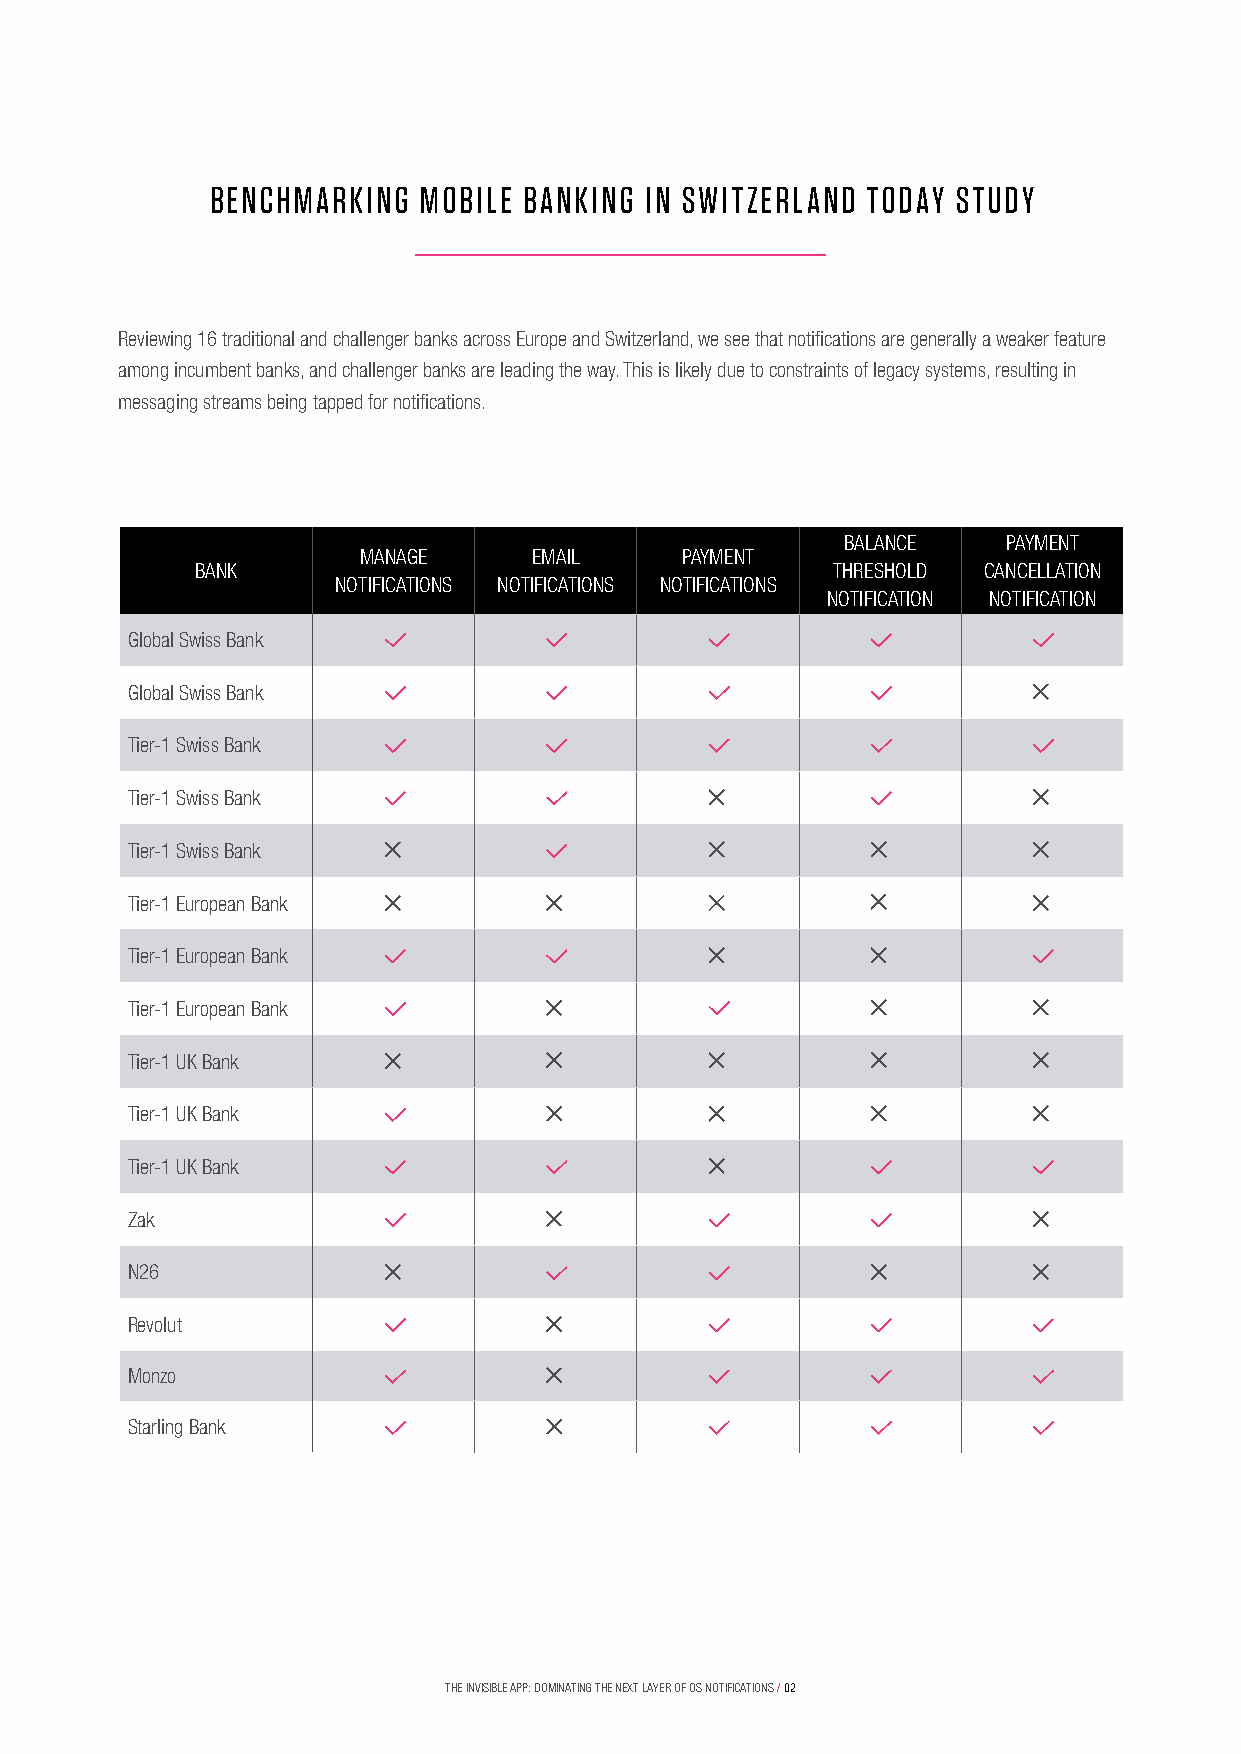
BENCHMARKING  MOBILE BANKING IN SWITZERLAND TODAY STUDY
 Reviewing 16 traditional and challenger banks across Europe and Switzerland, we see that notifications are generally a weaker feature
 among incumbent banks, and challenger banks are leading the way. This is likely due to constraints of legacy systems, resulting in
 messaging streams being tapped for notifications.
 BALANCE    PAYMENT
 MANAGE     EMAIL     PAYMENT
 BANK                                      THRESHOLD CANCELLATION
 NOTIFICATIONS NOTIFICATIONS NOTIFICATIONS
 NOTIFICATION NOTIFICATION
 Global Swiss Bank
 Global Swiss Bank
 Tier-1 Swiss Bank
 Tier-1 Swiss Bank
 Tier-1 Swiss Bank
 Tier-1 European Bank
 Tier-1 European Bank
 Tier-1 European Bank
 Tier-1 UK Bank
 Tier-1 UK Bank
 Tier-1 UK Bank
 Zak
 N26
 Revolut
 Monzo
 Starling Bank
 THE INVISIBLE APP: DOMINATING THE NEXT LAYER OF OS NOTIFICATIONS / 02